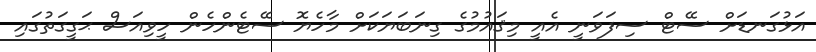
އަޅުގަނޑަށް ސޭޓް ސިފަވަނީ އެއީ މިޤައުމުގެ ގިނަބަޔަކަށް މާހެޔޮ ސޭޓެންހެން ހީވިއަސް ޙަގީގަތުގައި